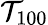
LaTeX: \mathcal{T}_{100}